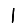
Digit: 1